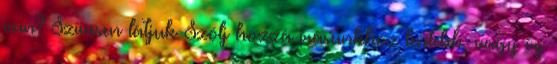
van? Szívesen látjuk Szólj hozzá írásunkhoz lentebb, vagy írj